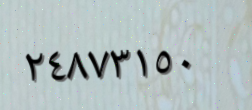
٢٤٨٧٣١٥٠